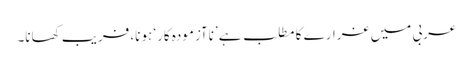
عربی میں غرارے کا مطلب ہے ’ناآزمودہ کار‘ ہونا، فریب کھانا۔